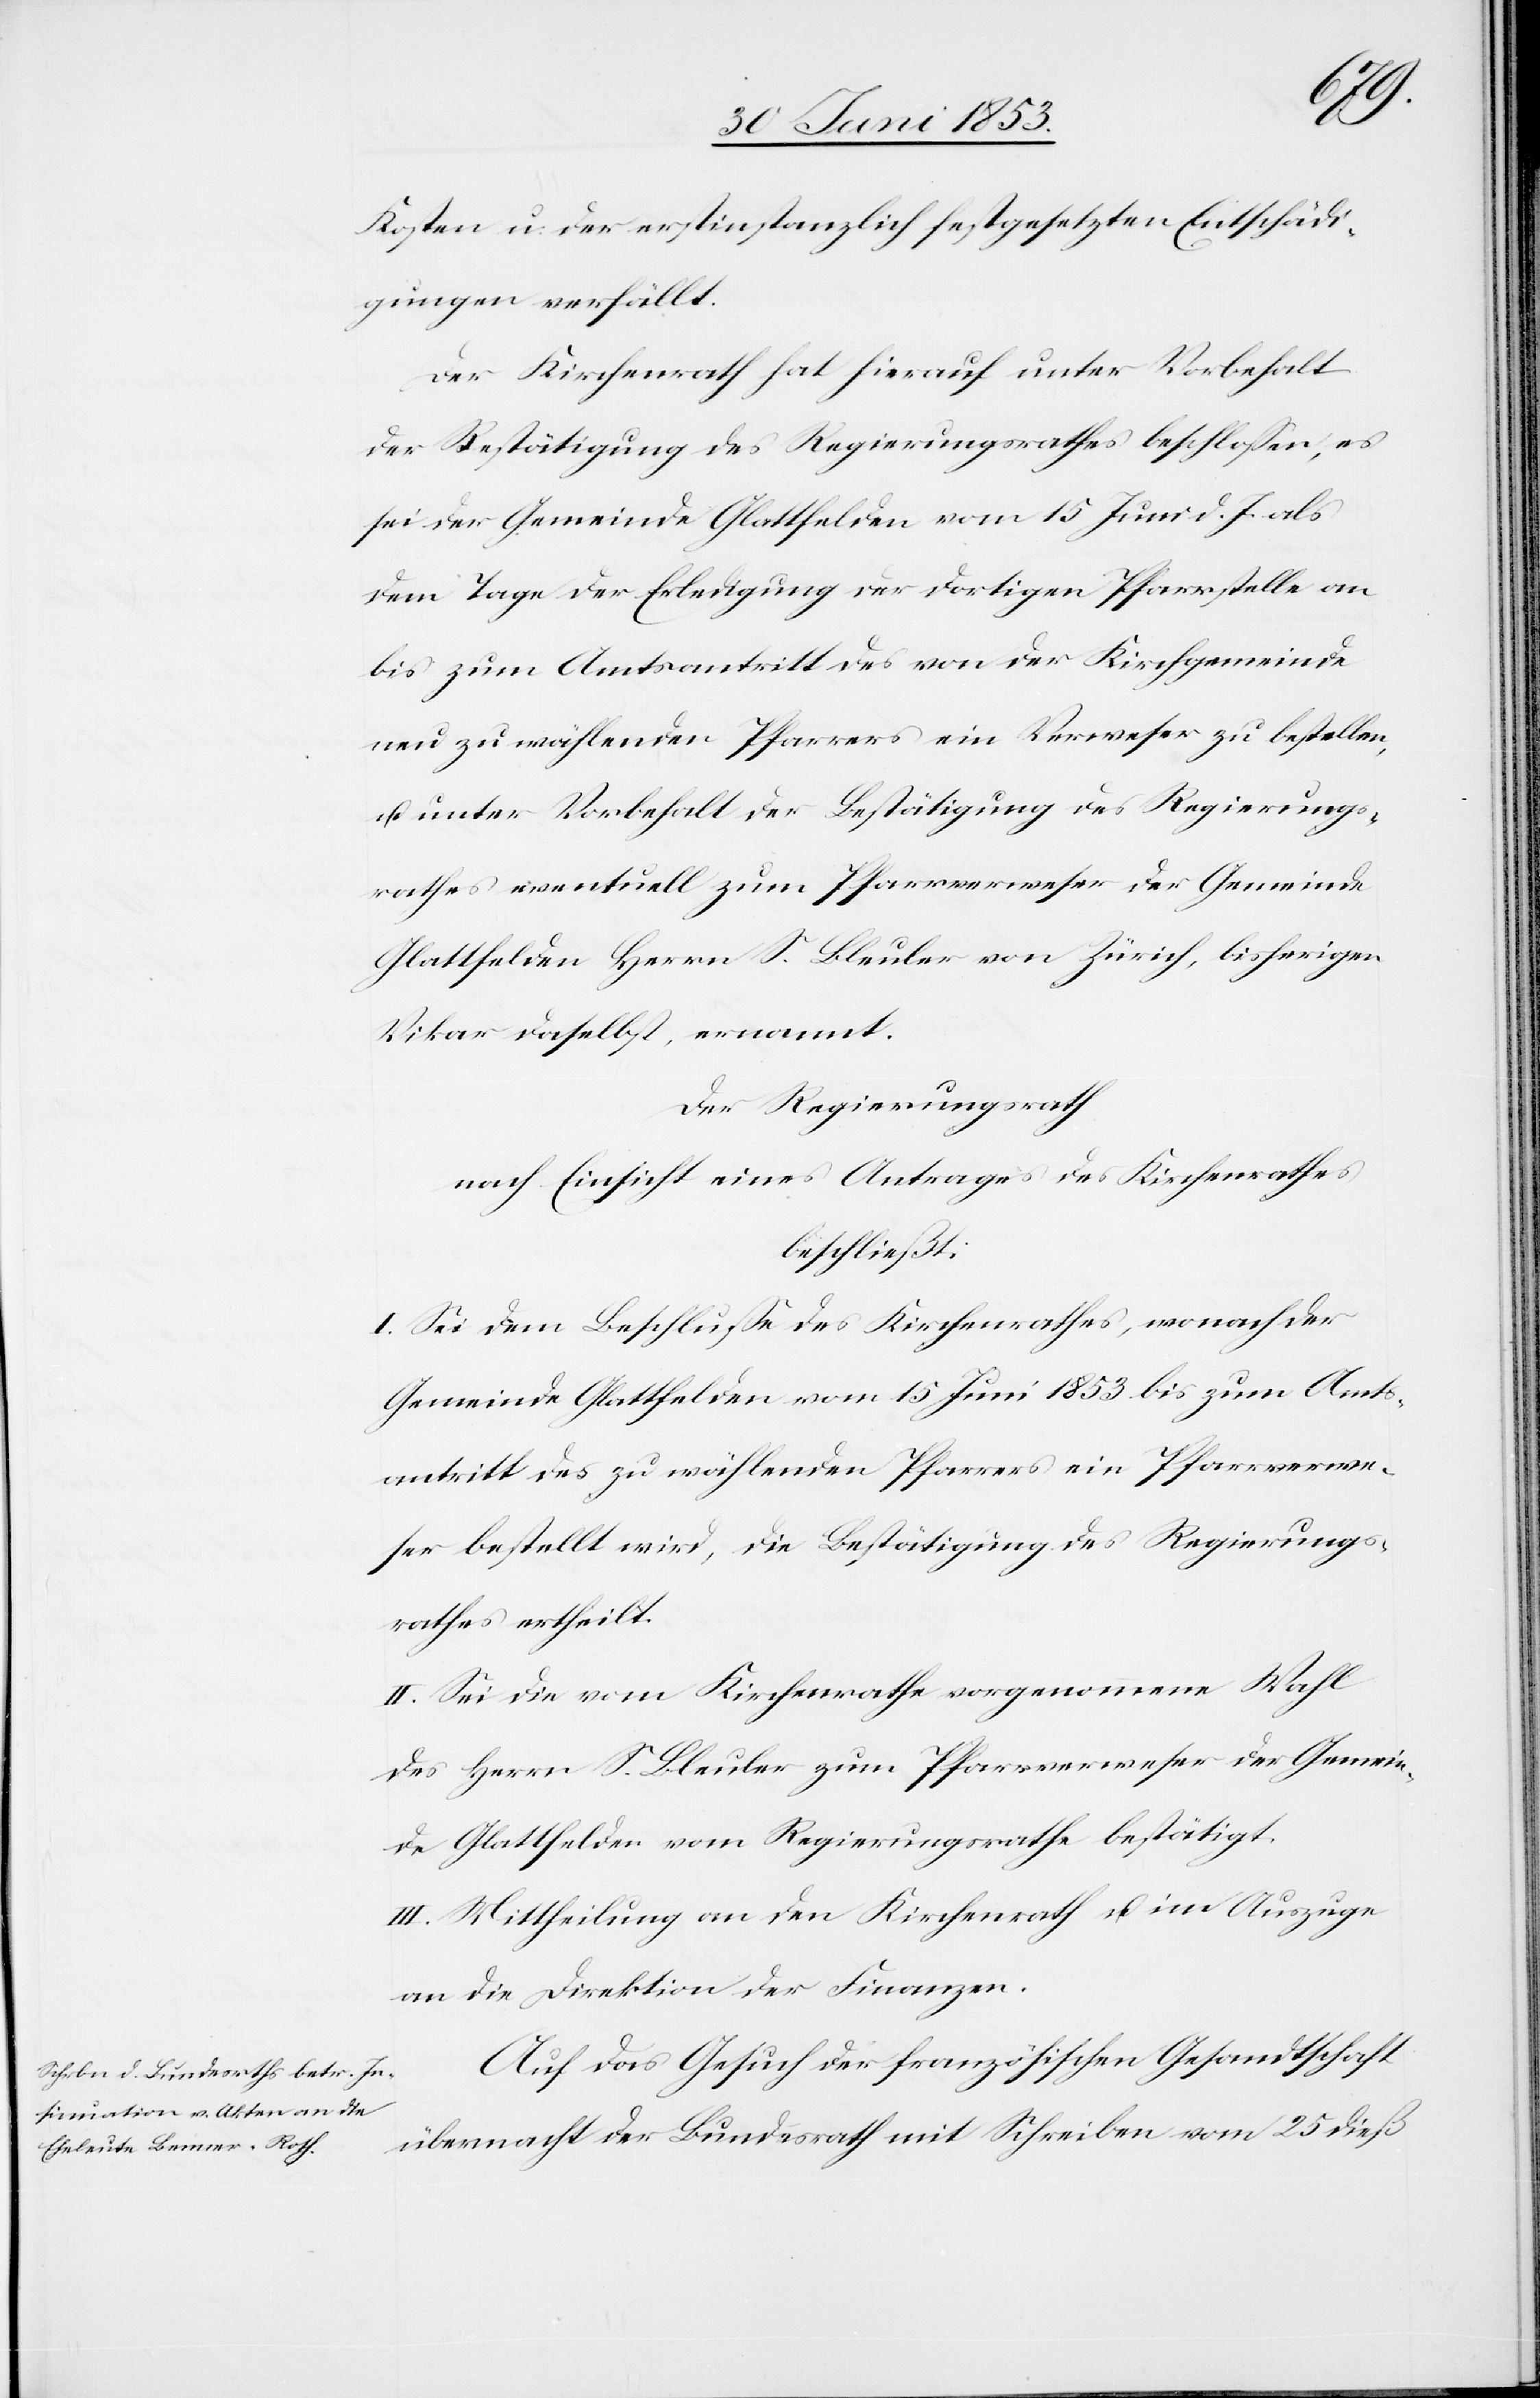
Kosten u. der erstinstanzlich festgesetzten Entschädi¬
gungen verfällt.
Der Kirchenrath hat hierauf unter Vorbehalt
der Bestätigung des Regierungsrathes beschloßen, es
sei der Gemeinde Glattfelden vom 15 Juni d. J. als
dem Tage der Erledigung der dortigen Pfarrstelle an
bis zum Amtsantritt des von der Kirchgemeinde
neu zu wählenden Pfarrers ein Verweser zu bestellen,
u. unter Vorbehalt der Bestätigung des Regierungs¬
rathes eventuell zum Pfarrverweser der Gemeinde
Glattfelden Herrn S. Bleuler von Zürich, bisherigen
Vikar daselbst, ernannt.
Der Regierungsrath
nach Einsicht eines Antrages des Kirchenrathes
beschließt:
I. Sei dem Beschluße des Kirchenrathes, wonach der
Gemeinde Glattfelden vom 15 Juni 1853 bis zum Amts¬
antritt des zu wählenden Pfarrers ein Pfarrverwe¬
ser bestellt wird, die Bestätigung des Regierungs¬
rathes ertheilt.
II. Sei die vom Kirchenrathe vorgenommene Wahl
des Herrn S. Bleuler zum Pfarrverweser der Gemein¬
de Glattfelden vom Regierungsrathe bestätigt.
III. Mittheilung an den Kirchenrath u. im Auszuge
an die Direktion der Finanzen.
Auf das Gesuch der französischen Gesandtschaft
übermacht der Bundesrath mit Schreiben vom 25 dieß